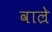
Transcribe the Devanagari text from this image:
वाल्रे